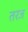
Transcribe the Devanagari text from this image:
तरज